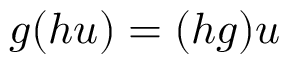
g ( h u ) = ( h g ) u